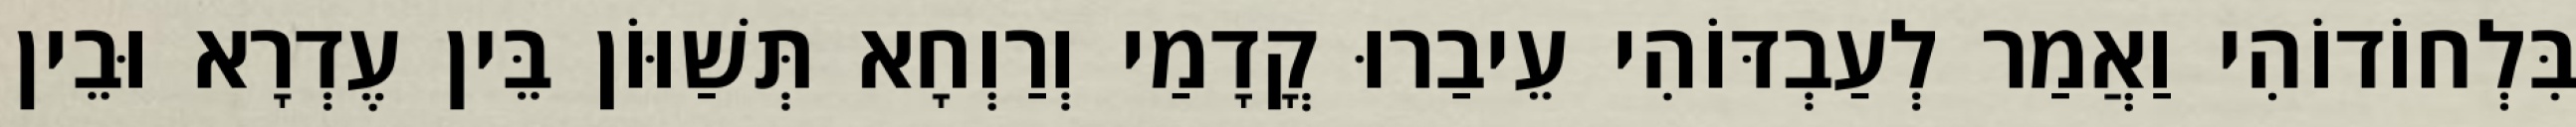
בִּלְחוֹדוֹהִי וַאֲמַר לְעַבְדּוֹהִי עֵיבַרוּ קֳדָמַי וְרַוְחָא תְּשַׁוּוֹן בֵּין עֶדְרָא וּבֵין